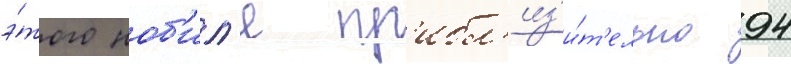
э́того ноб'ил'я пр'ибл'из'и́т'ельно 94